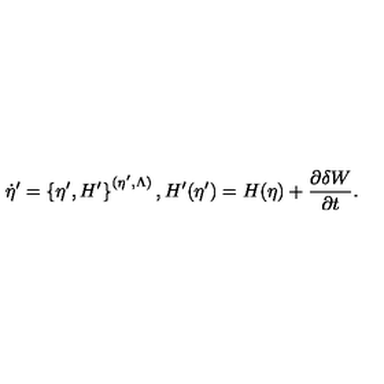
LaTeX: \dot { \eta } ^ { \prime } = \left\{ \eta ^ { \prime } , H ^ { \prime } \right\} ^ { ( \eta ^ { \prime } , \Lambda ) } , H ^ { \prime } ( \eta ^ { \prime } ) = H ( \eta ) + \frac { \partial \delta W } { \partial t } .